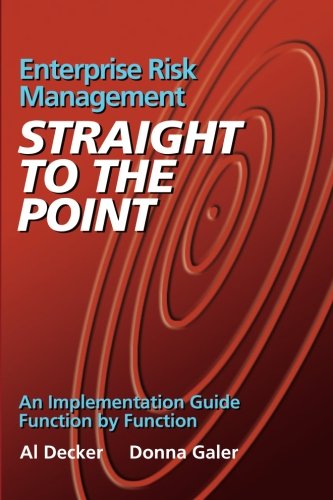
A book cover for Enterprise Risk Management - Straight to the Point: An Implementation Guide Function by Function (Viewpoints on ERM); Al Decker; Business & Money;